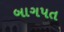
બાગપત